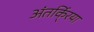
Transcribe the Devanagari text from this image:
अंतर्कि्रया